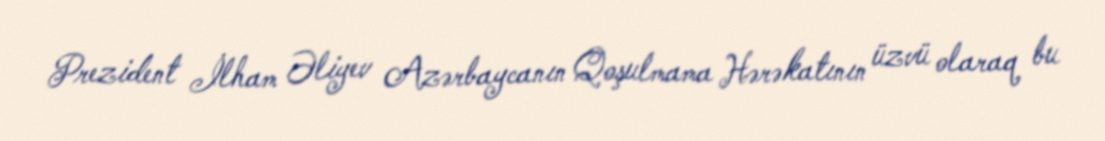
Prezident İlham Əliyev Azərbaycanın Qoşulmama Hərəkatının üzvü olaraq bu